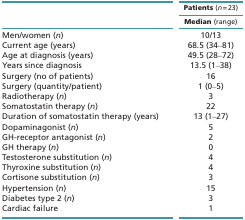
|  | Patients (n = 23) |
 |  | Median (range) |
 | --- | --- |
 | Men/women (n) | 10/13 |
 | Current age (years) | 68.5 (34–81) |
 | Age at diagnosis (years) | 49.5 (28–72) |
 | Years since diagnosis | 13.5 (1–38) |
 | Surgery (no of patients) | 16 |
 | Surgery (quantity/patient) | 1 (0–5) |
 | Radiotherapy (n) | 3 |
 | Somatostatin therapy (n) | 22 |
 | Duration of somatostatin therapy (years) | 13 (1–27) |
 | Dopaminagonist (n) | 5 |
 | GH-receptor antagonist (n) | 2 |
 | GH therapy (n) | 0 |
 | Testosterone substitution (n) | 4 |
 | Thyroxine substitution (n) | 4 |
 | Cortisone substitution (n) | 3 |
 | Hypertension (n) | 15 |
 | Diabetes type 2 (n) | 3 |
 | Cardiac failure | 1 |